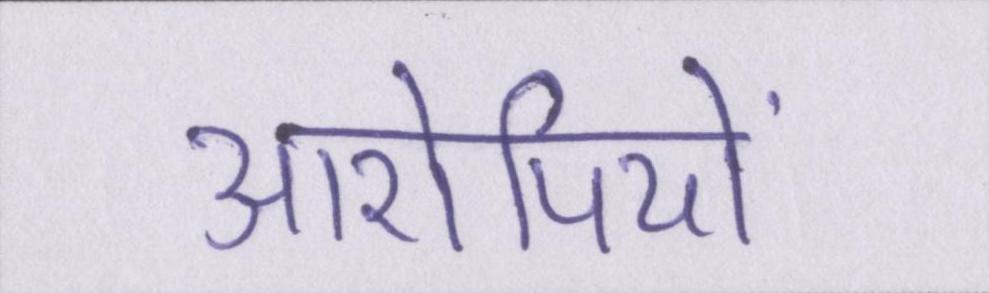
आरोपियों